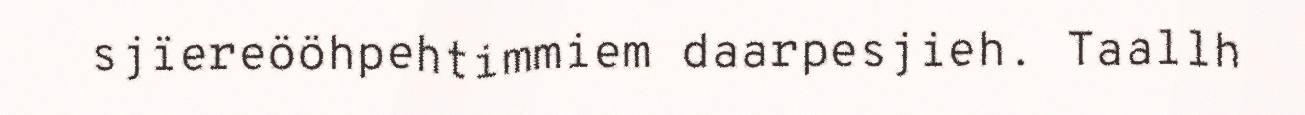
sjïereööhpehtimmiem daarpesjieh. Taallh